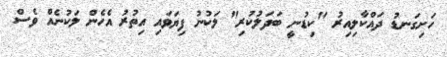
ހަށިގަނޑު ދައްކާލިއިރު "ކިޑުނީ ބަދަލުކުރި" ލަކުނު ފިޔަވައި އިތުރު އެހެން ލަކުނެއް ވެސް